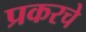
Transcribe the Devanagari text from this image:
प्रकरचे